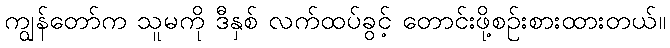
ကျွန်တော်က သူမကို ဒီနှစ် လက်ထပ်ခွင့် တောင်းဖို့စဉ်းစားထားတယ်။